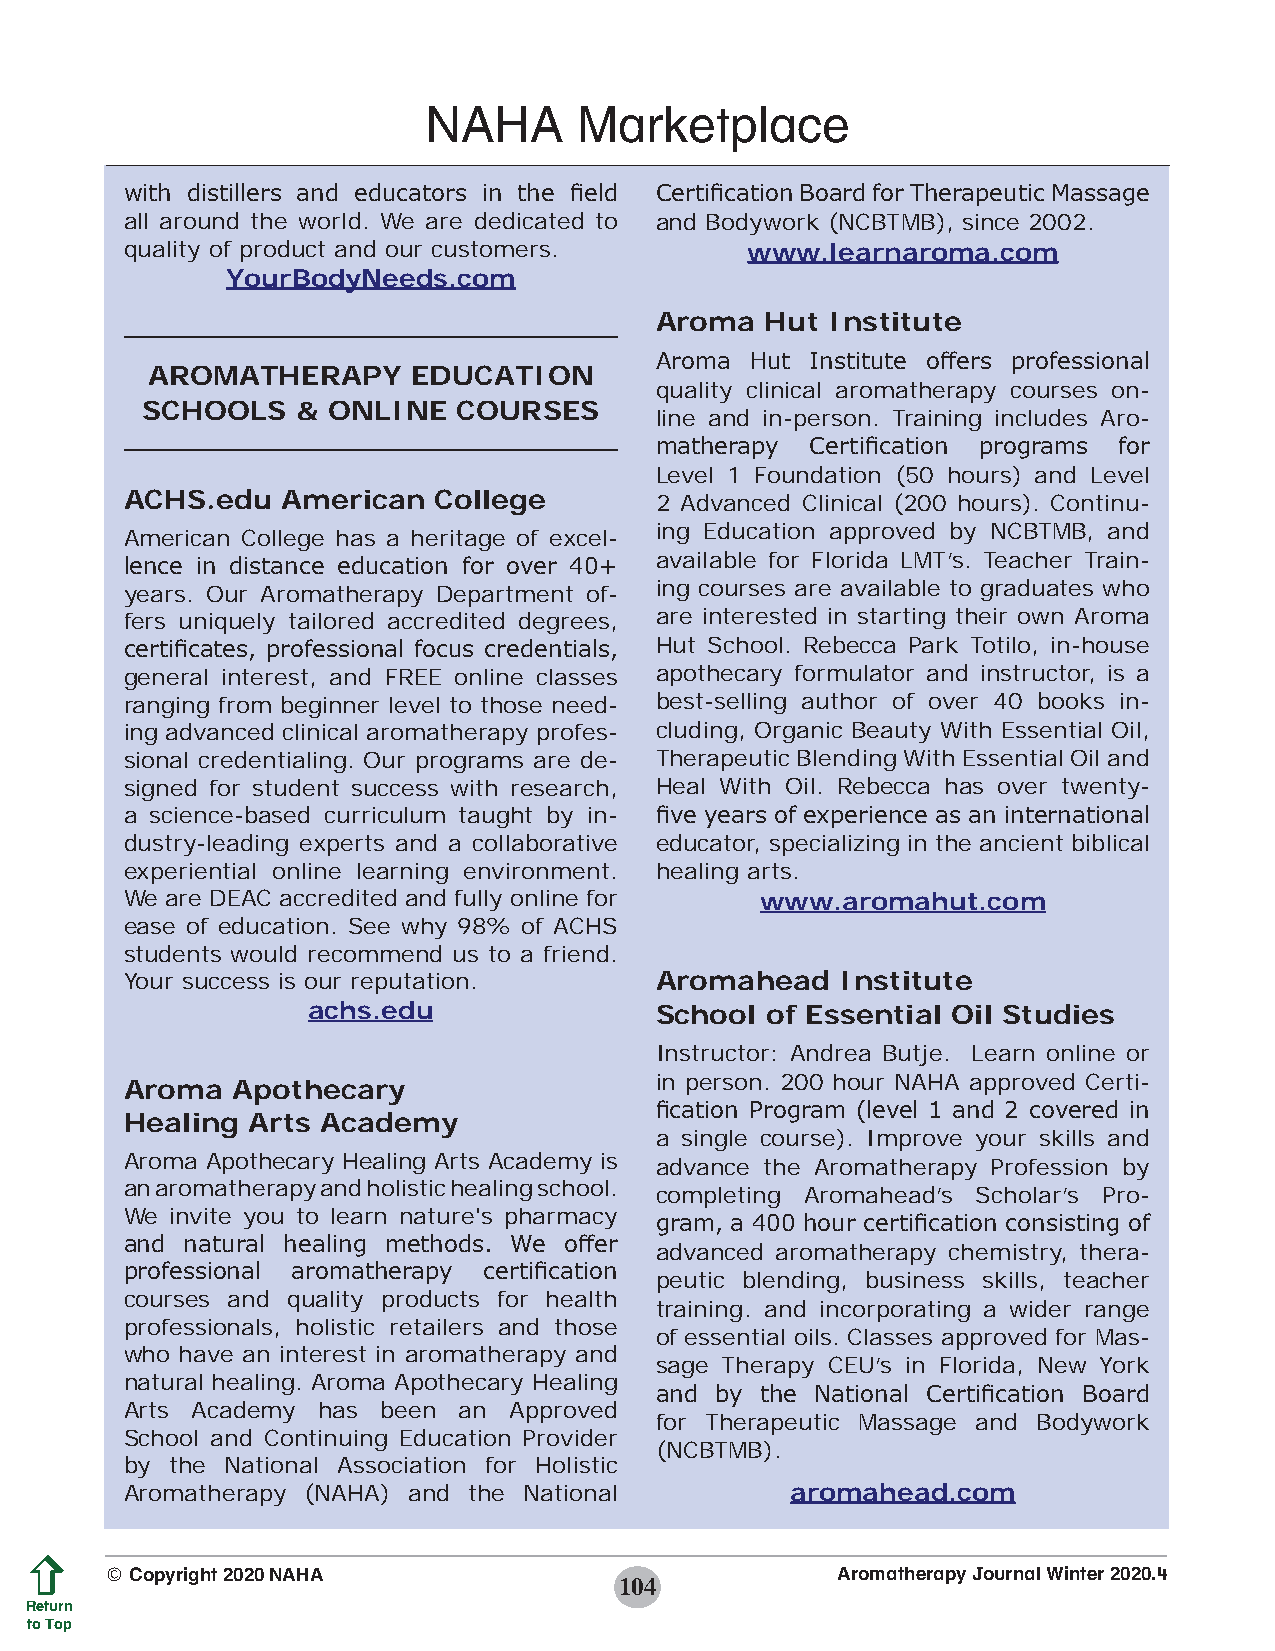
NAHA      Marketplace
 with distillers and educators in the field Certification Board for Therapeutic Massage
 all around the world. We are dedicated to and Bodywork (NCBTMB), since 2002.
 quality of product and our customers.    www.learnaroma.com
 YourBodyNeeds.com
 Aroma   Hut Institute
 Aroma  Hut Institute offers professional
 AROMATHERAPY     EDUCATION
 quality clinical aromatherapy courses on-
 SCHOOLS    & ONLINE  COURSES
 line and in-person. Training includes Aro-
 matherapy  Certification programs for
 Level 1 Foundation (50 hours) and Level
 ACHS.edu   American  College       2 Advanced Clinical (200 hours). Continu-
 ing Education approved by NCBTMB, and
 American College has a heritage of excel-
 available for Florida LMT’s. Teacher Train-
 lence in distance education for over 40+
 years. Our Aromatherapy Department of- ing courses are available to graduates who
 fers uniquely tailored accredited degrees, are interested in starting their own Aroma
 certificates, professional focus credentials, Hut School. Rebecca Park Totilo, in-house
 general interest, and FREE online classes apothecary formulator and instructor, is a
 ranging from beginner level to those need- best-selling author of over 40 books in-
 ing advanced clinical aromatherapy profes- cluding, Organic Beauty With Essential Oil,
 sional credentialing. Our programs are de- Therapeutic Blending With Essential Oil and
 signed for student success with research, Heal With Oil. Rebecca has over twenty-
 a science-based curriculum taught by in- five years of experience as an international
 dustry-leading experts and a collaborative educator, specializing in the ancient biblical
 experiential online learning environment. healing arts.
 We are DEAC accredited and fully online for www.aromahut.com
 ease of education. See why 98% of ACHS
 students would recommend us to a friend.
 Your success is our reputation.    Aromahead    Institute
 achs.edu               School  of Essential Oil Studies
 Instructor: Andrea Butje. Learn online or
 in person. 200 hour NAHA approved Certi-
 Aroma  Apothecary
 fication Program (level 1 and 2 covered in
 Healing Arts Academy
 a single course). Improve your skills and
 Aroma Apothecary Healing Arts Academy is advance the Aromatherapy Profession by
 an aromatherapy and holistic healing school.
 completing Aromahead’s Scholar’s Pro-
 We invite you to learn nature's pharmacy
 gram, a 400 hour certification consisting of
 and natural healing methods. We offer
 advanced aromatherapy chemistry, thera-
 professional aromatherapy certification
 peutic blending, business skills, teacher
 courses and quality products for health
 training. and incorporating a wider range
 professionals, holistic retailers and those
 of essential oils. Classes approved for Mas-
 who have an interest in aromatherapy and
 sage Therapy CEU’s in Florida, New York
 natural healing. Aroma Apothecary Healing
 and by the National Certification Board
 Arts Academy has been an  Approved
 for Therapeutic Massage and Bodywork
 School and Continuing Education Provider
 (NCBTMB).
 by the National Association for Holistic
 Aromatherapy (NAHA) and the National        aromahead.com
 © Copyright 2020 NAHA                           Aromatherapy Journal Winter 2020.4
 104
 Return
 to Top
 